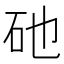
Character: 𥐨